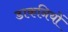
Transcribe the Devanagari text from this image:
डाकनियों